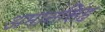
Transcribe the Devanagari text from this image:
अमानसिंह